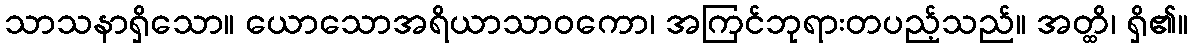
သာသနာရှိသော။ ယောသောအရိယာသာဝကော၊ အကြင်ဘုရားတပည့်သည်။ အတ္ထိ၊ ရှိ၏။